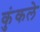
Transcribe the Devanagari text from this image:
कुंकले